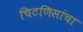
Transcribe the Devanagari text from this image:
चिटणिसांचा